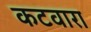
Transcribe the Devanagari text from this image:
कटवारा